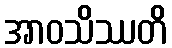
အာဝသိဿတိ